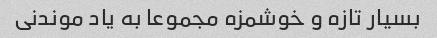
بسیار تازه و خوشمزه مجموعا به یاد موندنی